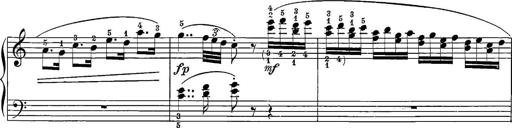
Title: 12 Sonatine per Pianoforte
Composer: Friedrich Kuhlau